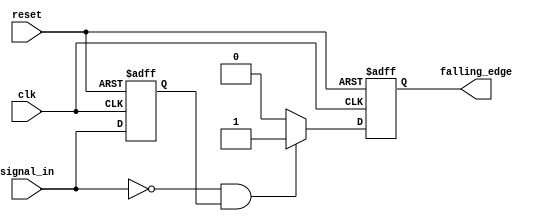
module falling_edge_detector (
    input wire clk,              // Clock signal
    input wire reset,            // Asynchronous reset signal
    input wire signal_in,        // Input signal to monitor
    output reg falling_edge      // Output signal indicating a falling edge
);

// Memory block to store the previous state of the input signal
reg previous_state;

// Always block to handle the falling edge detection
always @(posedge clk or posedge reset) begin
    if (reset) begin
        // Initialize the previous state and output signal on reset
        previous_state <= 1'b0;
        falling_edge <= 1'b0;
    end else begin
        // Detect falling edge
        if (signal_in == 1'b0 && previous_state == 1'b1) begin
            falling_edge <= 1'b1; // Set output high for one clock cycle
        end else begin
            falling_edge <= 1'b0; // Reset output if no falling edge detected
        end
        
        // Update the previous state with the current input signal
        previous_state <= signal_in;
    end
end

endmodule